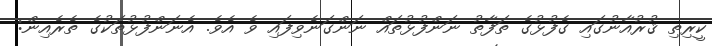
ކީރިތި ޤުރުއާނުގައި ގެފުޅުގެ ތަފާތު ނަންފުޅުތައް ނަންގަނެވިފައި ވެ އެވެ. އެނަންފުޅުތަކުގެ ތެރެއިން: